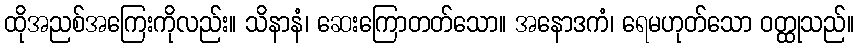
ထိုအညစ်အကြေးကိုလည်း။ သိနာနံ၊ ဆေးကြောတတ်သော။ အနောဒကံ၊ ရေမဟုတ်သော ဝတ္ထုသည်။